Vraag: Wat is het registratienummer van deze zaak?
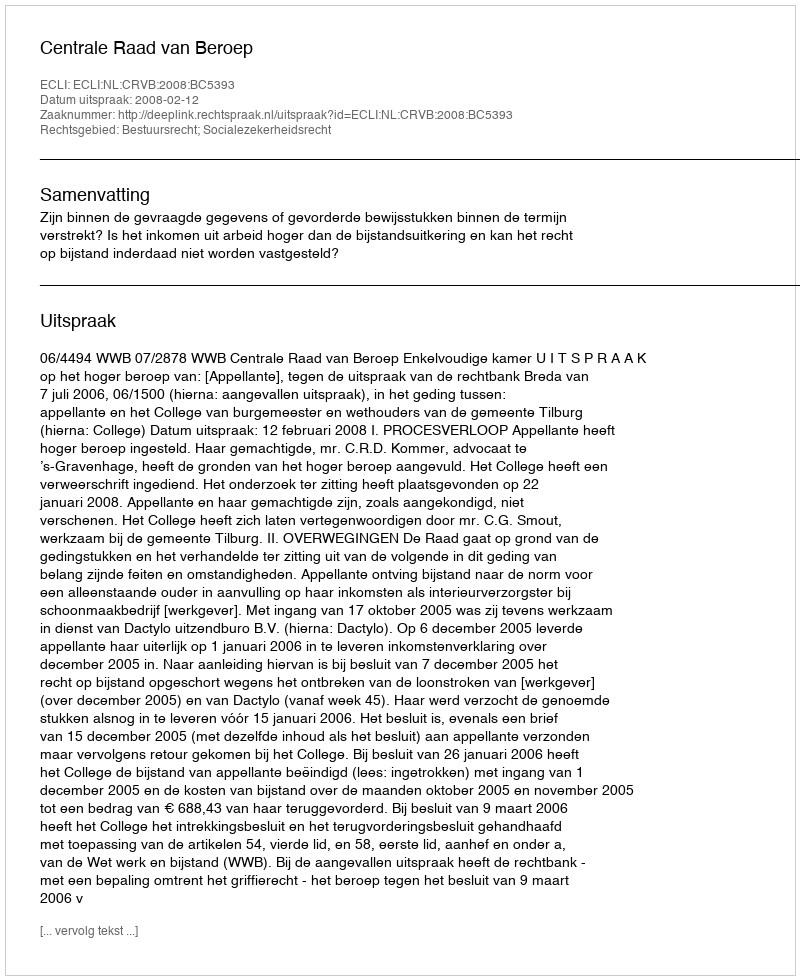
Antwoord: http://deeplink.rechtspraak.nl/uitspraak?id=ECLI:NL:CRVB:2008:BC5393